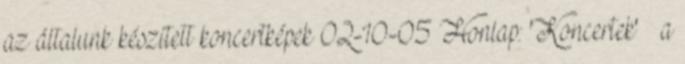
az általunk készített koncertképek 02-10-05 Honlap: 'Koncertek' » a